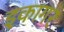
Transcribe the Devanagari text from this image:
इकागर